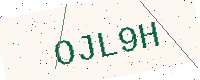
Text: OJL9H